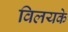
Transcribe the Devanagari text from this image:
विलयके